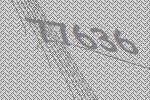
77636